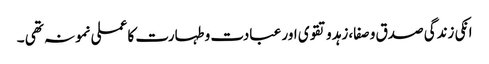
انکی زندگی صدق و صفا،زہد و تقوی اور عبادت و طہارت کا عملی نمونہ تھی ۔